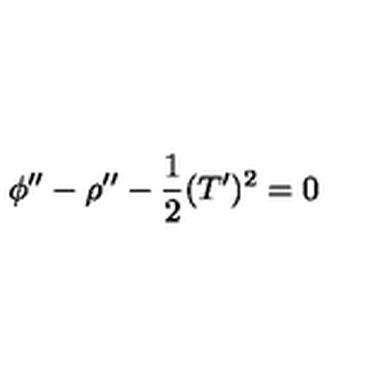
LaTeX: \phi ^ { \prime \prime } - \rho ^ { \prime \prime } - \frac { 1 } { 2 } ( T ^ { \prime } ) ^ { 2 } = 0